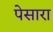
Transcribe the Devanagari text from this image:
पेसारा